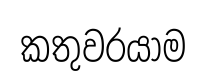
කතුවරයාම